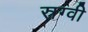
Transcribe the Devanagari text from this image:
स्रग्वी